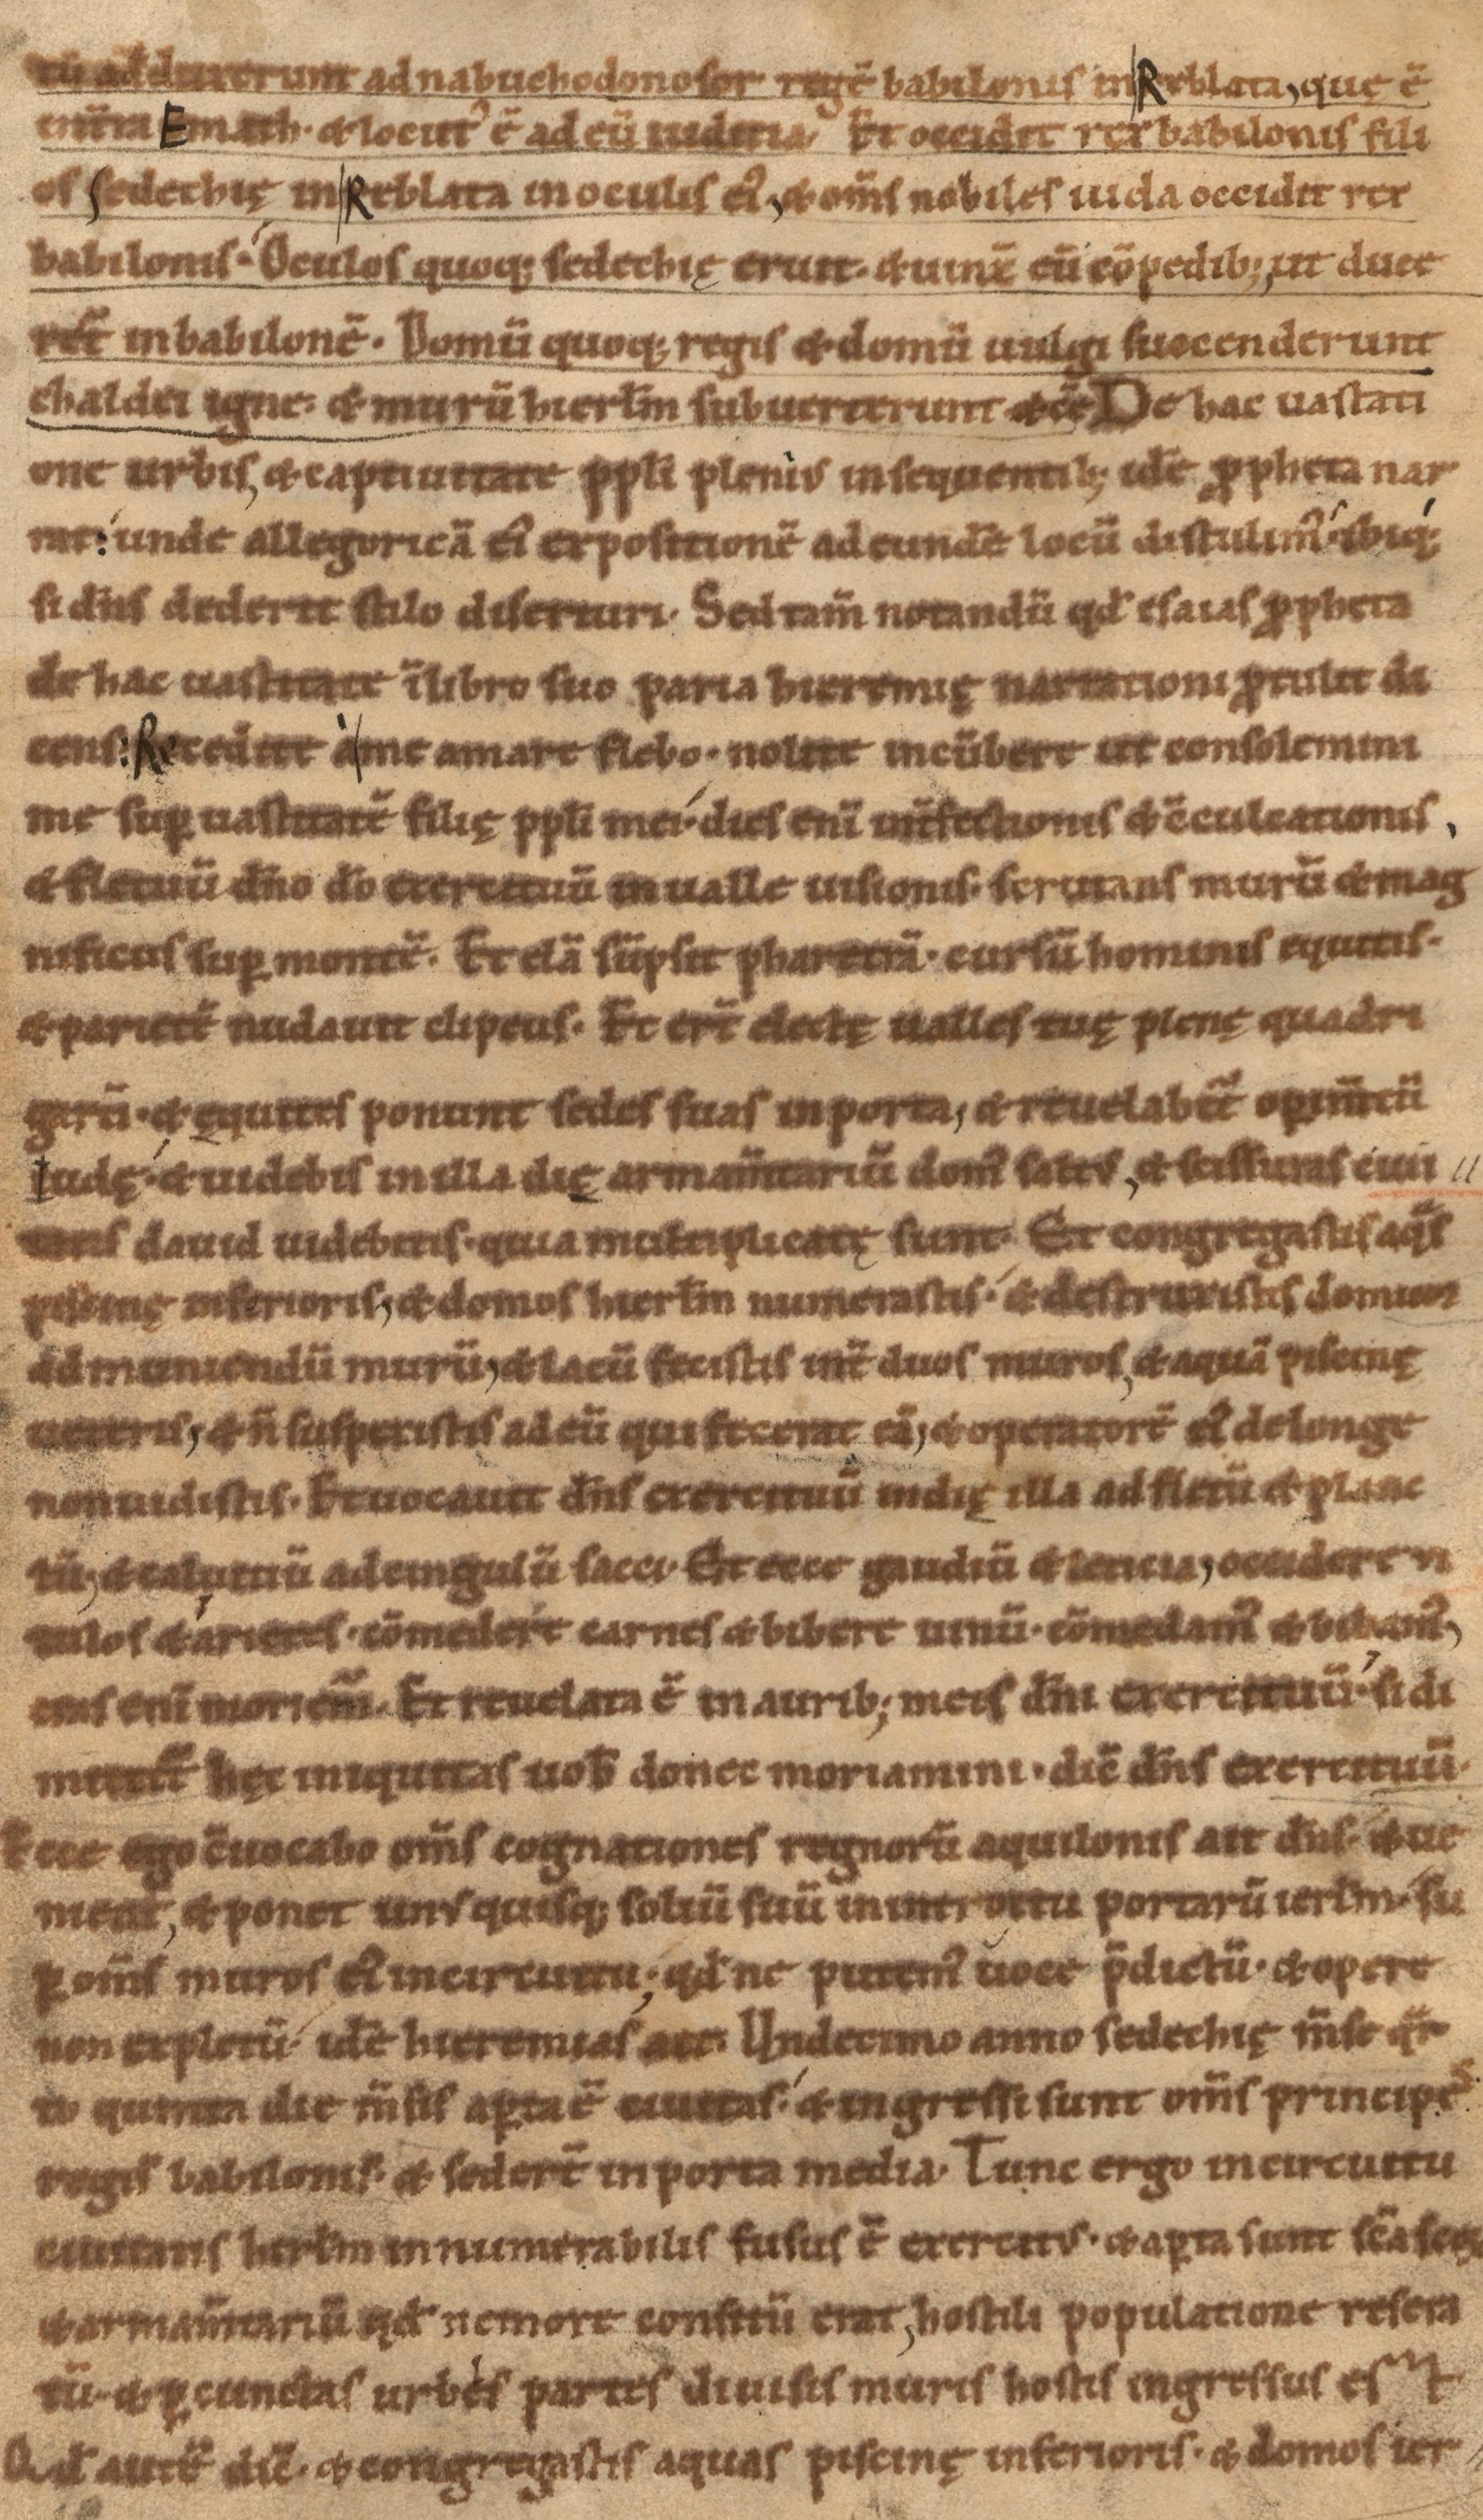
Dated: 1085–1115